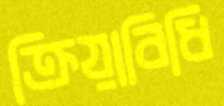
ক্রিয়াবিধি